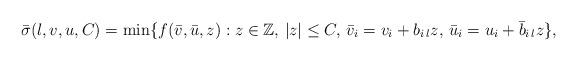
LaTeX: \begin{align*}\bar\sigma(l,v,u,C) = \min\{f(\bar v, \bar u, z) : z \in \mathbb{Z},\, |z| \leq C,\, \bar v_i = v_i + b_{i\,l} z,\, \bar u_i = u_i + \bar b_{i\,l} z \},\end{align*}